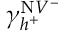
\gamma _ { h ^ { + } } ^ { \mathrm { N } V ^ { - } }